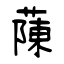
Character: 蔯